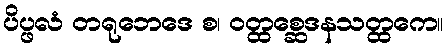
ပိပ္ဖလံ တရုဘေဒေ စ၊ ဝတ္ထစ္ဆေဒနသတ္ထကေ။